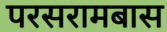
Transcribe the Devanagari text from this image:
परसरामबास